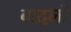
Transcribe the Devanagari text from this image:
बादलाें